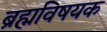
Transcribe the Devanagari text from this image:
ब्रह्मविषयक